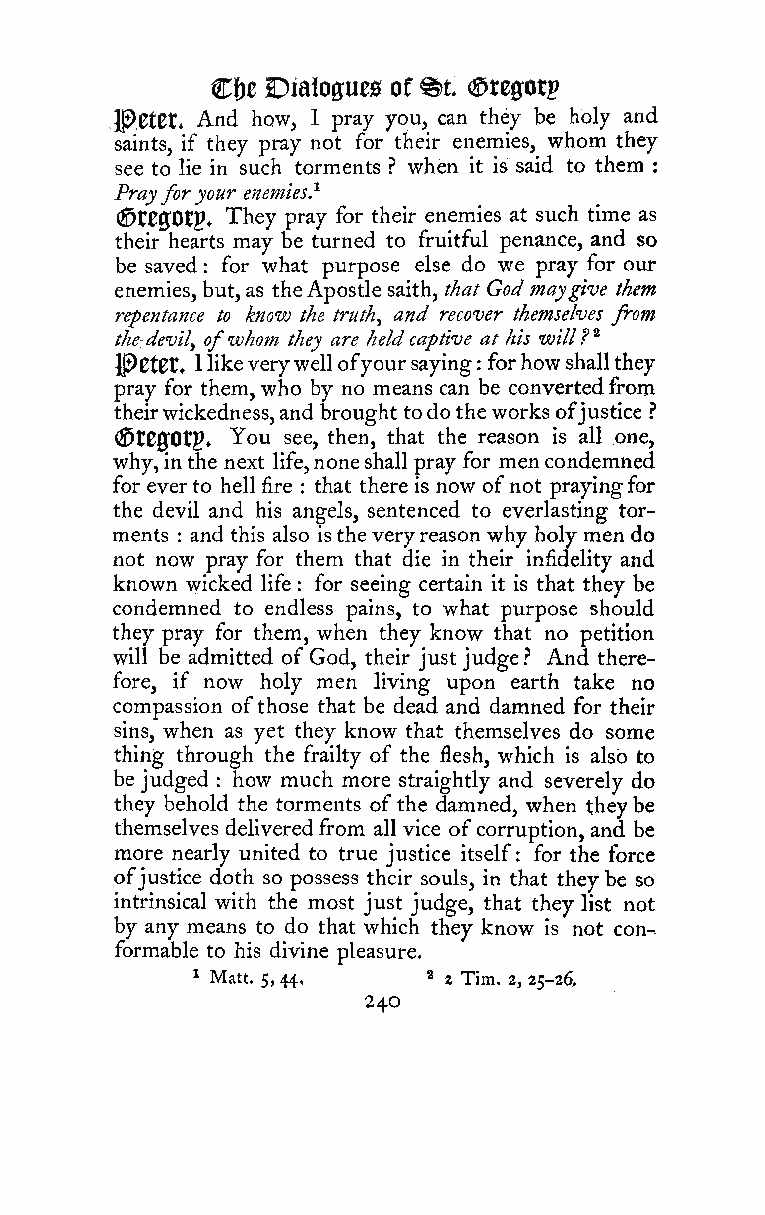
C&e Dialoffues of %t ©regorp
 ^tttt* And how, 1 pray you, can they be holy and
 saints, if they pray not for their enemies, whom they
 see to lie in such torments ? when it is said to them :
 Prayforyour enemies}
 (^t00Otp. They pray for their enemies at such time as
 their hearts may be turned to fruitful penance, and so
 be saved for what purpose else do we pray for our
 :
 enemies, but,as theApostle saith, that God maygive them
 repentance to know the truth, and recover themselves from
 the devil, ofwhom they are heldcaptive at his will?^
 IPCtCt, Ilikeverywellofyoursaying : forhowshallthey
 pray for them, who by no means can be convertedfrom
 theirwickedness,and brought todotheworksofjustice ?
 ({5t80Otp. You see, then, that the reason is all one,
 why,inthe next life,noneshall pray for mencondemned
 for everto hell fire : that there is now ofnot prayingfor
 the devil and his angels, sentenced to everlasting tor-
 ments
 :
 and this also istheveryreason why holy men do
 not now pray for them that die in their infidelity and
 known \yicked life : for seeing certain it is that they be
 condemned to endless pains, to what purpose should
 they pray for them, when they know that no petition
 will be admitted of God, their justjudge? And there-
 fore, if now holy men living upon earth take no
 compassion ofthose that be dead and damned for their
 sins, when as yet they know that themselves do some
 thing through the frailty of the flesh, which is also to
 be judged how much more straightly and severely do
 :
 they behold the torments ofthe damned, when theybe
 themselves deliveredfrom all vice ofcorruption, and be
 more nearly united to true justice itself for the force
 :
 ofjustice doth so possess their souls, in that theybe so
 intrinsical with the most just judge, that they list not
 by any means to do that which they know is not con--
 formable to his divine pleasure.
 ^ Matt. 5,44.  2 2 Tim. 2, 25-26.
 240